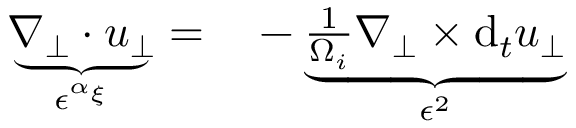
\begin{array} { r l } { \underbrace { \nabla _ { \perp } \cdot \boldsymbol { u } _ { \perp } } _ { \epsilon ^ { \alpha _ { \xi } } } = } & { { } - \underbrace { \frac { 1 } { \Omega _ { i } } \nabla _ { \perp } \times \mathrm { d } _ { t } \boldsymbol { u } _ { \perp } } _ { \epsilon ^ { 2 } } } \end{array}